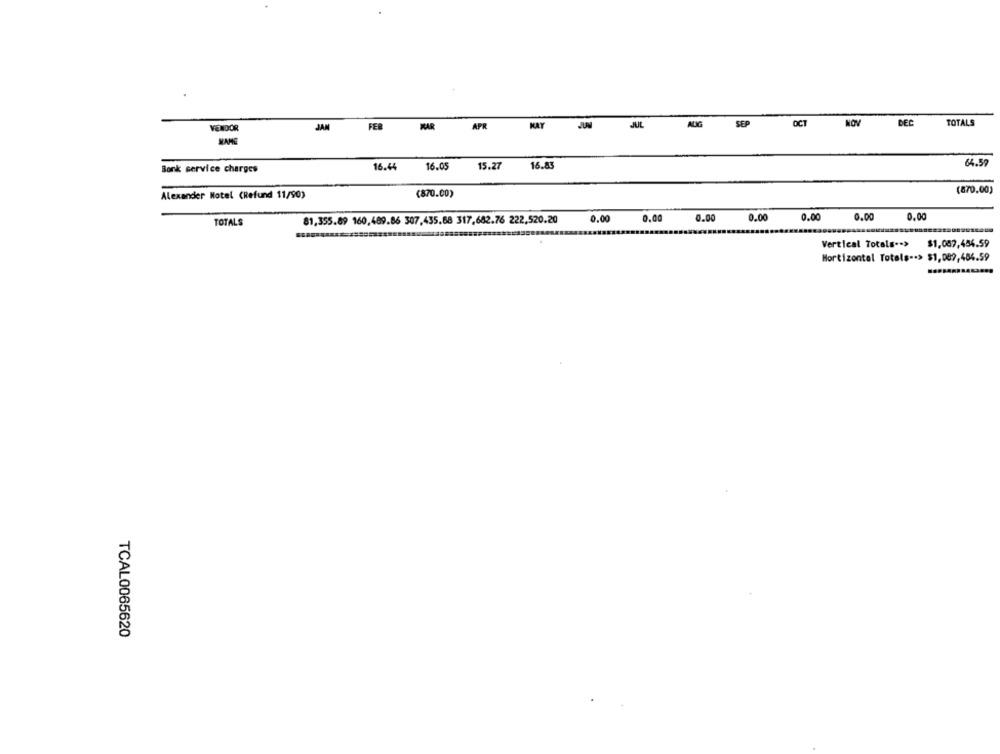
VENDOR
JAM
FER
KAR
APR
MAY
AUG
SEP
OCT
DEC
TOTALS
ENNE
16.44
16.05
15.27
16.83
$4.59
Bonk service charges
Alexander Notel (Refund 11/90)
(870.00)
(870.00)
0.00
0.00
0.00
0.00
0.00
0.00
0.00
TOTALS
81,355.89 160,489.86 307,435.68 317,682.76 222,520.20
Vertical Totals -- > $1,087,454.59
Mortizontal Totels -- > $1,089,484.59
TCAL0065620